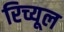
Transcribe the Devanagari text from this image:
रिच्यूल